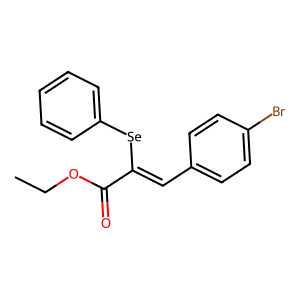
SMILES: CCOC(=O)C(=Cc1ccc(Br)cc1)[Se]c1ccccc1
Inhibits HIV replication: No